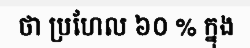
ថា ប្រហែល ៦០ % ក្នុង